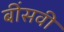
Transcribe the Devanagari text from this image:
बींसवी